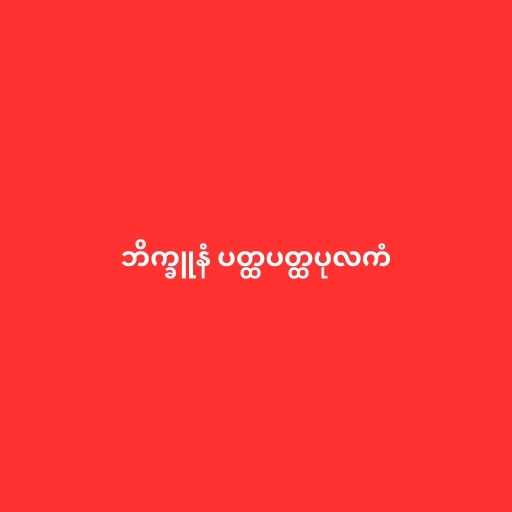
ဘိက္ခူနံ ပတ္ထပတ္ထပုလကံ